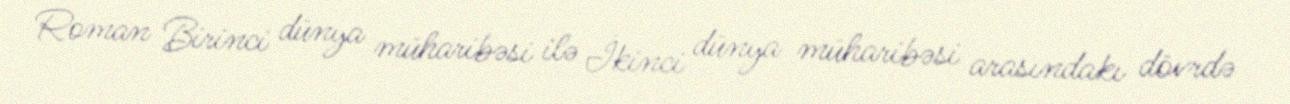
Roman Birinci dünya müharibəsi ilə İkinci dünya müharibəsi arasındakı dövrdə